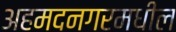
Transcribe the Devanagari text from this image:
अहमदनगरमधील